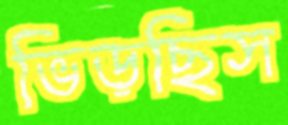
ভিড়ছিস